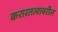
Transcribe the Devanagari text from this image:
करारतत्वावरील